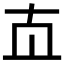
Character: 𰅰